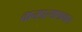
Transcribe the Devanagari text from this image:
वानप्रस्थाश्रमास